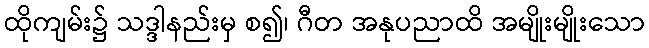
ထိုကျမ်း၌ သဒ္ဒါနည်းမှ စ၍၊ ဂီတ အနုပညာထိ အမျိုးမျိုးသော